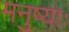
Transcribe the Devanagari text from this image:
मनुष्याः